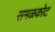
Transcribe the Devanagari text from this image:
समळकोट